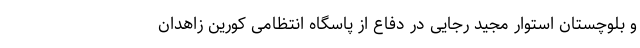
و بلوچستان استوار مجید رجایی در دفاع از پاسگاه انتظامی کورین زاهدان